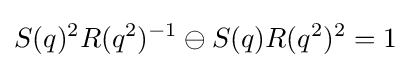
S(q)^{2}R(q^{2})^{-1}\ominus S(q)R(q^{2})^{2}=1